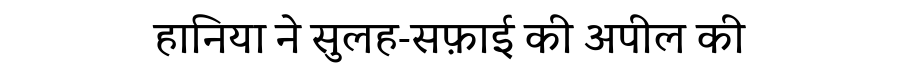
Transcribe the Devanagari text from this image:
हानिया ने सुलह-सफ़ाई की अपील की